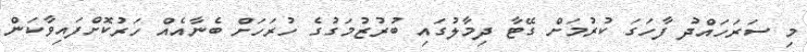
މި ސަރަހައްދު ފާހަގަ ކުރުމަށް ގޭޓާ ދިމާލުގައި ބުރުޒުމަގުގެ ހުރަހަށް ބެނާއެއް ހަރުކޮށްފައިވާކަން